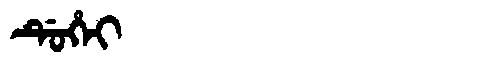
Manchu: ᡩᡠᡥᡝᡳ
Romanization: DUHEI